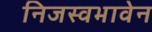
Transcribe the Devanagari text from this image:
निजस्वभावेन